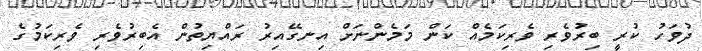
ދުވަހު ކުރީ ބިރުވެރި ވެރިކަމެއް ކަން މަމެންނަށް އިނގޭއިރު ރައްޔިތުން އެބިރުވެރި ވެރިކަމުގެ